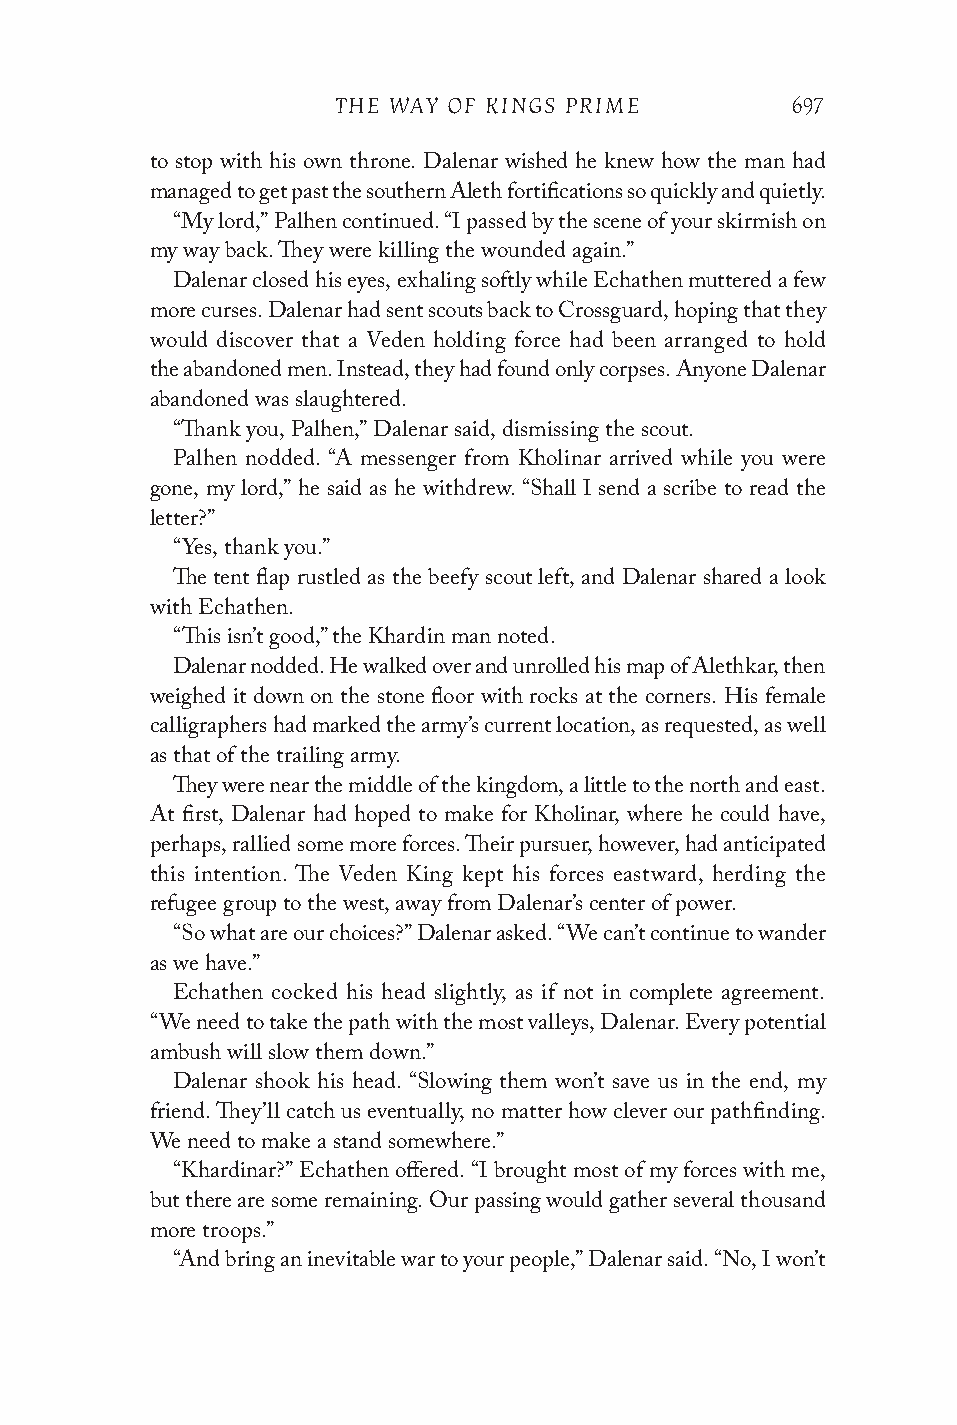
THE WAY OF KINGS PRIME        697
 to stop with his own throne. Dalenar wished he knew how the man had
 managed to get past the southern Aleth fortifications so quickly and quietly.
 “My lord,” Palhen continued. “I passed by the scene of your skirmish on
 my way back. They were killing the wounded again.”
 Dalenar closed his eyes, exhaling softly while Echathen muttered a few
 more curses. Dalenar had sent scouts back to Crossguard, hoping that they
 would discover that a Veden holding force had been arranged to hold
 the abandoned men. Instead, they had found only corpses. Anyone Dalenar
 abandoned was slaughtered.
 “Thank you, Palhen,” Dalenar said, dismissing the scout.
 Palhen nodded. “A messenger from Kholinar arrived while you were
 gone, my lord,” he said as he withdrew. “Shall I send a scribe to read the
 letter?”
 “Yes, thank you.”
 The tent flap rustled as the beefy scout left, and Dalenar shared a look
 with Echathen.
 “This isn’t good,” the Khardin man noted.
 Dalenar nodded. He walked over and unrolled his map of Alethkar, then
 weighed it down on the stone floor with rocks at the corners. His female
 calligraphers had marked the army’s current location, as requested, as well
 as that of the trailing army.
 They were near the middle of the kingdom, a little to the north and east.
 At first, Dalenar had hoped to make for Kholinar, where he could have,
 perhaps, rallied some more forces. Their pursuer, however, had anticipated
 this intention. The Veden King kept his forces eastward, herding the
 refugee group to the west, away from Dalenar’s center of power.
 “So what are our choices?” Dalenar asked. “We can’t continue to wander
 as we have.”
 Echathen cocked his head slightly, as if not in complete agreement.
 “We need to take the path with the most valleys, Dalenar. Every potential
 ambush will slow them down.”
 Dalenar shook his head. “Slowing them won’t save us in the end, my
 friend. They’ll catch us eventually, no matter how clever our pathfinding.
 We need to make a stand somewhere.”
 “Khardinar?” Echathen offered. “I brought most of my forces with me,
 but there are some remaining. Our passing would gather several thousand
 more troops.”
 “And bring an inevitable war to your people,” Dalenar said. “No, I won’t